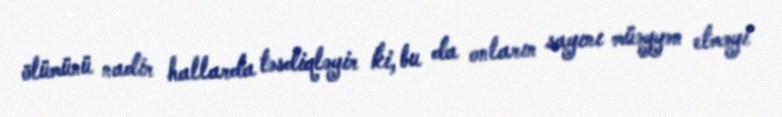
ölümünü nadir hallarda təsdiqləyir ki, bu da onların sayını müəyyən etməyi